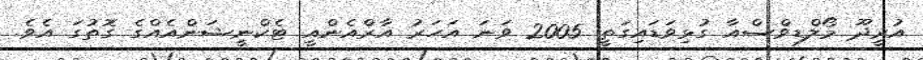
އުރީދޫ މޯލްޑިވްސްއާ ގުޅިވަޑައިގަތީ 2005 ވަނަ އަހަރު އާރްއެންއީ ޓެކްނީޝަންއެއްގެ ގޮތުގަ އެވެ.